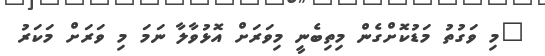
"މި ވަގުތު މަޑުކޮށްގެން މިތިބެނީ މިވަރަށް އޮޅުވާލާ ނަމަ މި ވަރަށް މަކަރު